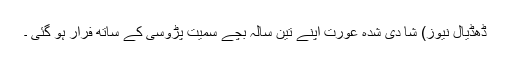
ڈھڈیال نیوز) شا دی شدہ عورت اپنے تین سالہ بچے سمیت پڑوسی کے ساتھ فرار ہو گئی ۔